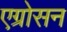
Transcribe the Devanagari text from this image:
एग्रोसन